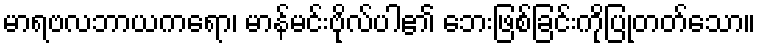
မာရဗလဘာယကရော၊ မာန်မင်းဗိုလ်ပါ၏ ဘေးဖြစ်ခြင်းကိုပြုတတ်သော။